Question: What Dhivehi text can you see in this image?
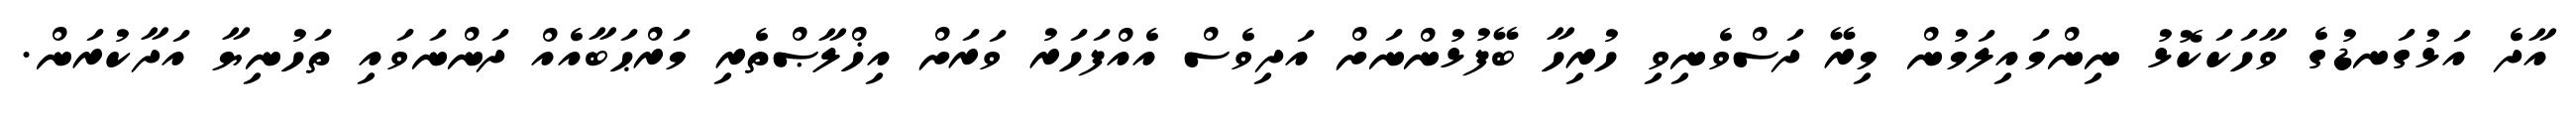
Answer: އާދެ އަޅުގަނޑުގެ ވާހަކަކޮޅު ނިންމައިލަމުން މިރޭ ދަސްވެނިވި ހުރިހާ ބޭފުޅުންނަށް އަދިވެސް އެއްފަހަރު ވަރަށް އިޚްލާޞްތެރި މަރްޙަބާއެއް ދަންނަވައި ތަހުނިޔާ އަދާކުރަން.